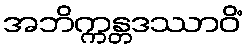
အဘိက္ကန္တဒဿာဝိံ